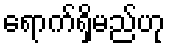
ရောက်ရှိမည်ဟု